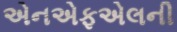
એનએફએલની